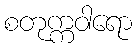
စတုက္ကဝါရော